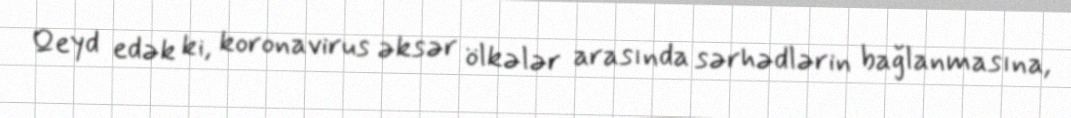
Qeyd edək ki, koronavirus əksər ölkələr arasında sərhədlərin bağlanmasına,